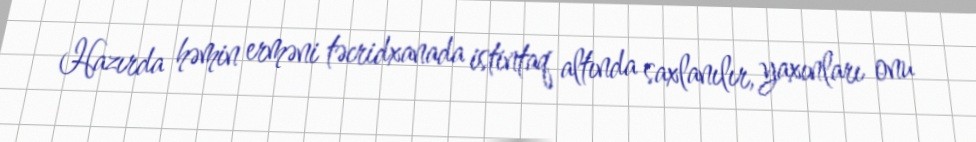
Hazırda həmin erməni təcridxanada istintaq altında saxlanılır, yaxınları onu